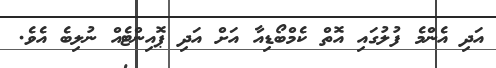
އަދި އެންމެ ފުލުގައި އޮތް ކެމްބޯޑިއާ އަށް އަދި ޕޮއިންޓެއް ނުލިބެ އެވެ.